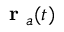
\mathrm { ~ \bf ~ r ~ } _ { a } ( t )